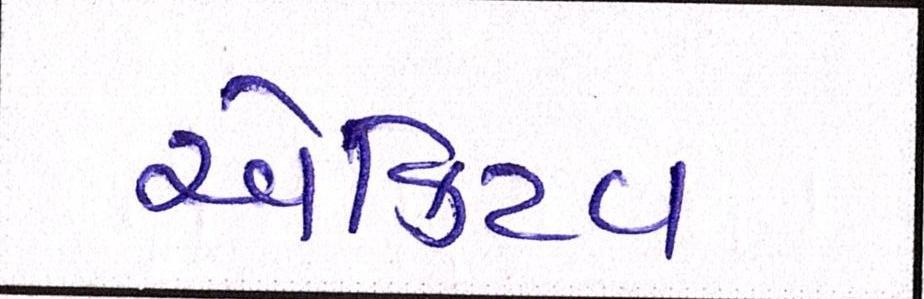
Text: એક્ટિવ